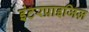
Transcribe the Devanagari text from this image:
इंटरप्राइजिज़